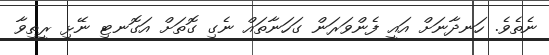
ނެތެވެ. ހަނދާނަށް އައީ ފެންވަރަން ގަހަނާތައް ނެގި ގޮތަށް އަގޮނޓި ނޭޅި ރީތިވާ